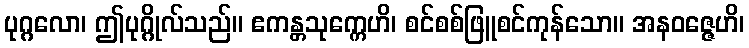
ပုဂ္ဂလော၊ ဤပုဂ္ဂိုလ်သည်။ ဧကန္တသုက္ကေဟိ၊ စင်စစ်ဖြူစင်ကုန်သော။ အနဝဇ္ဇေဟိ၊